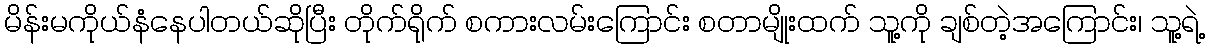
မိန်းမကိုယ်နံနေပါတယ်ဆိုပြီး တိုက်ရိုက် စကားလမ်းကြောင်း စတာမျိုးထက် သူ့ကို ချစ်တဲ့အကြောင်း၊ သူ့ရဲ့